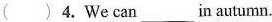
( ) 4. We canxx in autumn.